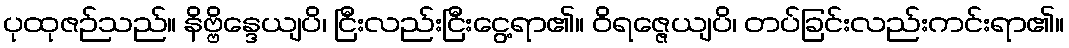
ပုထုဇဉ်သည်။ နိဗ္ဗိန္ဒေယျပိ၊ ငြီးလည်းငြီးငွေ့ရာ၏။ ဝိရဇ္ဇေယျပိ၊ တပ်ခြင်းလည်းကင်းရာ၏။